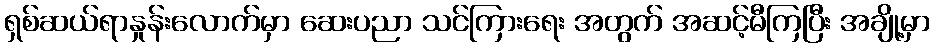
ရှစ်ဆယ်ရာနှုန်းလောက်မှာ ဆေးပညာ သင်ကြားရေး အတွက် အဆင့်မီကြပြီး အချို့မှာ